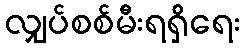
လျှပ်စစ်မီးရရှိရေး